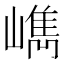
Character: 𡼕